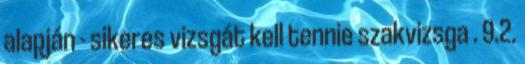
alapján - sikeres vizsgát kell tennie szakvizsga . 9.2.